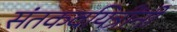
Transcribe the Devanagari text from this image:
संतकवयित्रींनी